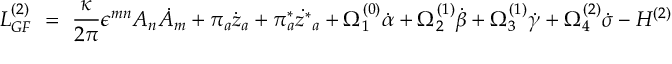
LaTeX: { \cal L } _ { G F } ^ { ( 2 ) } ~ = ~ \frac { \kappa } { 2 \pi } \epsilon ^ { m n } A _ { n } { \dot { A } } _ { m } + \pi _ { a } { \dot { z } } _ { a } + \pi _ { a } ^ { * } \dot { z ^ { * } } _ { a } + \Omega _ { 1 } ^ { ( 0 ) } \dot { \alpha } + \Omega _ { 2 } ^ { ( 1 ) } \dot { \beta } + \Omega _ { 3 } ^ { ( 1 ) } \dot { \gamma } + \Omega _ { 4 } ^ { ( 2 ) } \dot { \sigma } - { \cal H } ^ { ( 2 ) }